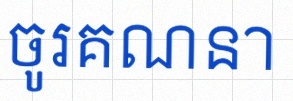
ចូរគណនា